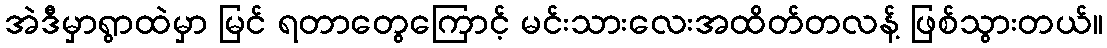
အဲဒီမှာရွာထဲမှာ မြင် ရတာတွေကြောင့် မင်းသားလေးအထိတ်တလန့် ဖြစ်သွားတယ်။